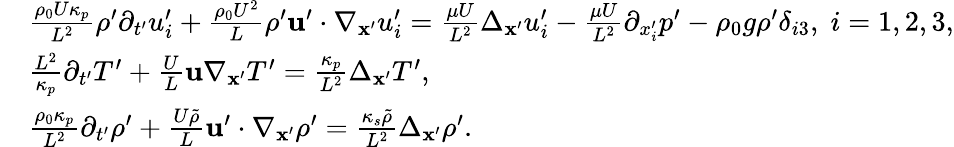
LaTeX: \begin{array}{rl}&{\frac{\rho_{0}U\kappa_{p}}{L^{2}}\rho^{\prime}\partial_{t^{\prime}}u_{i}^{\prime}+\frac{\rho_{0}U^{2}}{L}\rho^{\prime}\mathbf{u}^{\prime}\cdot\nabla_{\mathbf{x}^{\prime}}u_{i}^{\prime}=\frac{\mu U}{L^{2}}\Delta_{\mathbf{x}^{\prime}}u_{i}^{\prime}-\frac{\mu U}{L^{2}}\partial_{x_{i}^{\prime}}p^{\prime}-\rho_{0}g\rho^{\prime}\delta_{i3},\; i=1,2,3,}\\ &{\frac{L^{2}}{\kappa_{p}}\partial_{t^{\prime}}T^{\prime}+\frac{U}{L}\mathbf{u}\nabla_{\mathbf{x}^{\prime}}T^{\prime}=\frac{\kappa_{p}}{L^{2}}\Delta_{\mathbf{x}^{\prime}}T^{\prime},}\\ &{\frac{\rho_{0}\kappa_{p}}{L^{2}}\partial_{t^{\prime}}\rho^{\prime}+\frac{U\tilde{\rho}}{L}\mathbf{u}^{\prime}\cdot\nabla_{\mathbf{x}^{\prime}}\rho^{\prime}=\frac{\kappa_{s}\tilde{\rho}}{L^{2}}\Delta_{\mathbf{x}^{\prime}}\rho^{\prime}.}\end{array}